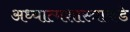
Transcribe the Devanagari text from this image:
अध्यात्मशास्त्राकडे